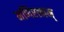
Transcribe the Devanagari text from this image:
मणिरत्‍नम्